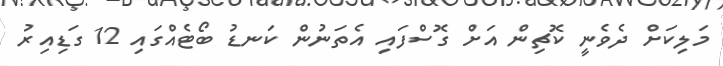
މަލިކަށް ދެވެނީ ކޮޗިން އަށް ގޮސްފައި އެތަނުން ކަނޑު ބޯޓެއްގައި 12 ގަޑިއިރު